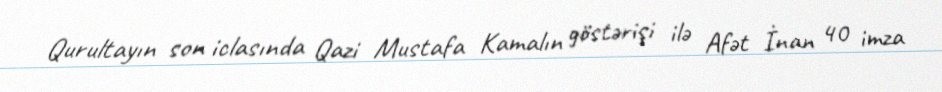
Qurultayın son iclasında Qazi Mustafa Kamalın göstərişi ilə Afət İnan 40 imza